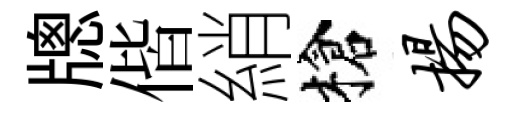
牕偕綃槍扬